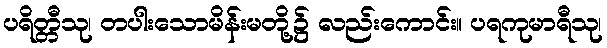
ပရိတ္တီသု၊ တပါးသောမိန်းမတို့၌ လည်းကောင်း။ ပရကုမာရီသု၊